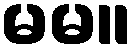
မမ။